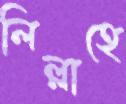
লিল্লাহে